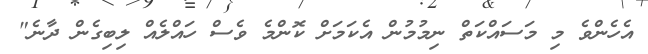
އެހެންވެ މި މަސައްކަތް ނިމުމުން އެކަމަށް ކޮންމެ ވެސް ހައްލެއް ލިބިގެން ދާނެ"